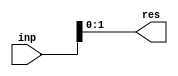
module sign_ext (inp, res);
   parameter signed [31:0]  old_width = 4;
   parameter signed [31:0]  new_width = 2;
   input [old_width - 1 : 0] inp;
   output [new_width - 1 : 0] res;
   wire [new_width-1:0] result;
   assign res = result;
   generate
     if (new_width > old_width)
       begin:u0
	  assign result = { {(new_width-old_width){inp[old_width-1]}}, inp};
       end 
     else
       begin:u1
	  assign result[new_width-1:0] = inp[new_width-1:0];
       end 
   endgenerate
endmodule